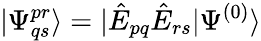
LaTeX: |\Psi_{qs}^{pr}\rangle=|\hat{E}_{pq}\hat{E}_{rs}|\Psi^{(0)}\rangle